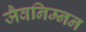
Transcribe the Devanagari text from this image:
जैवनिम्नन